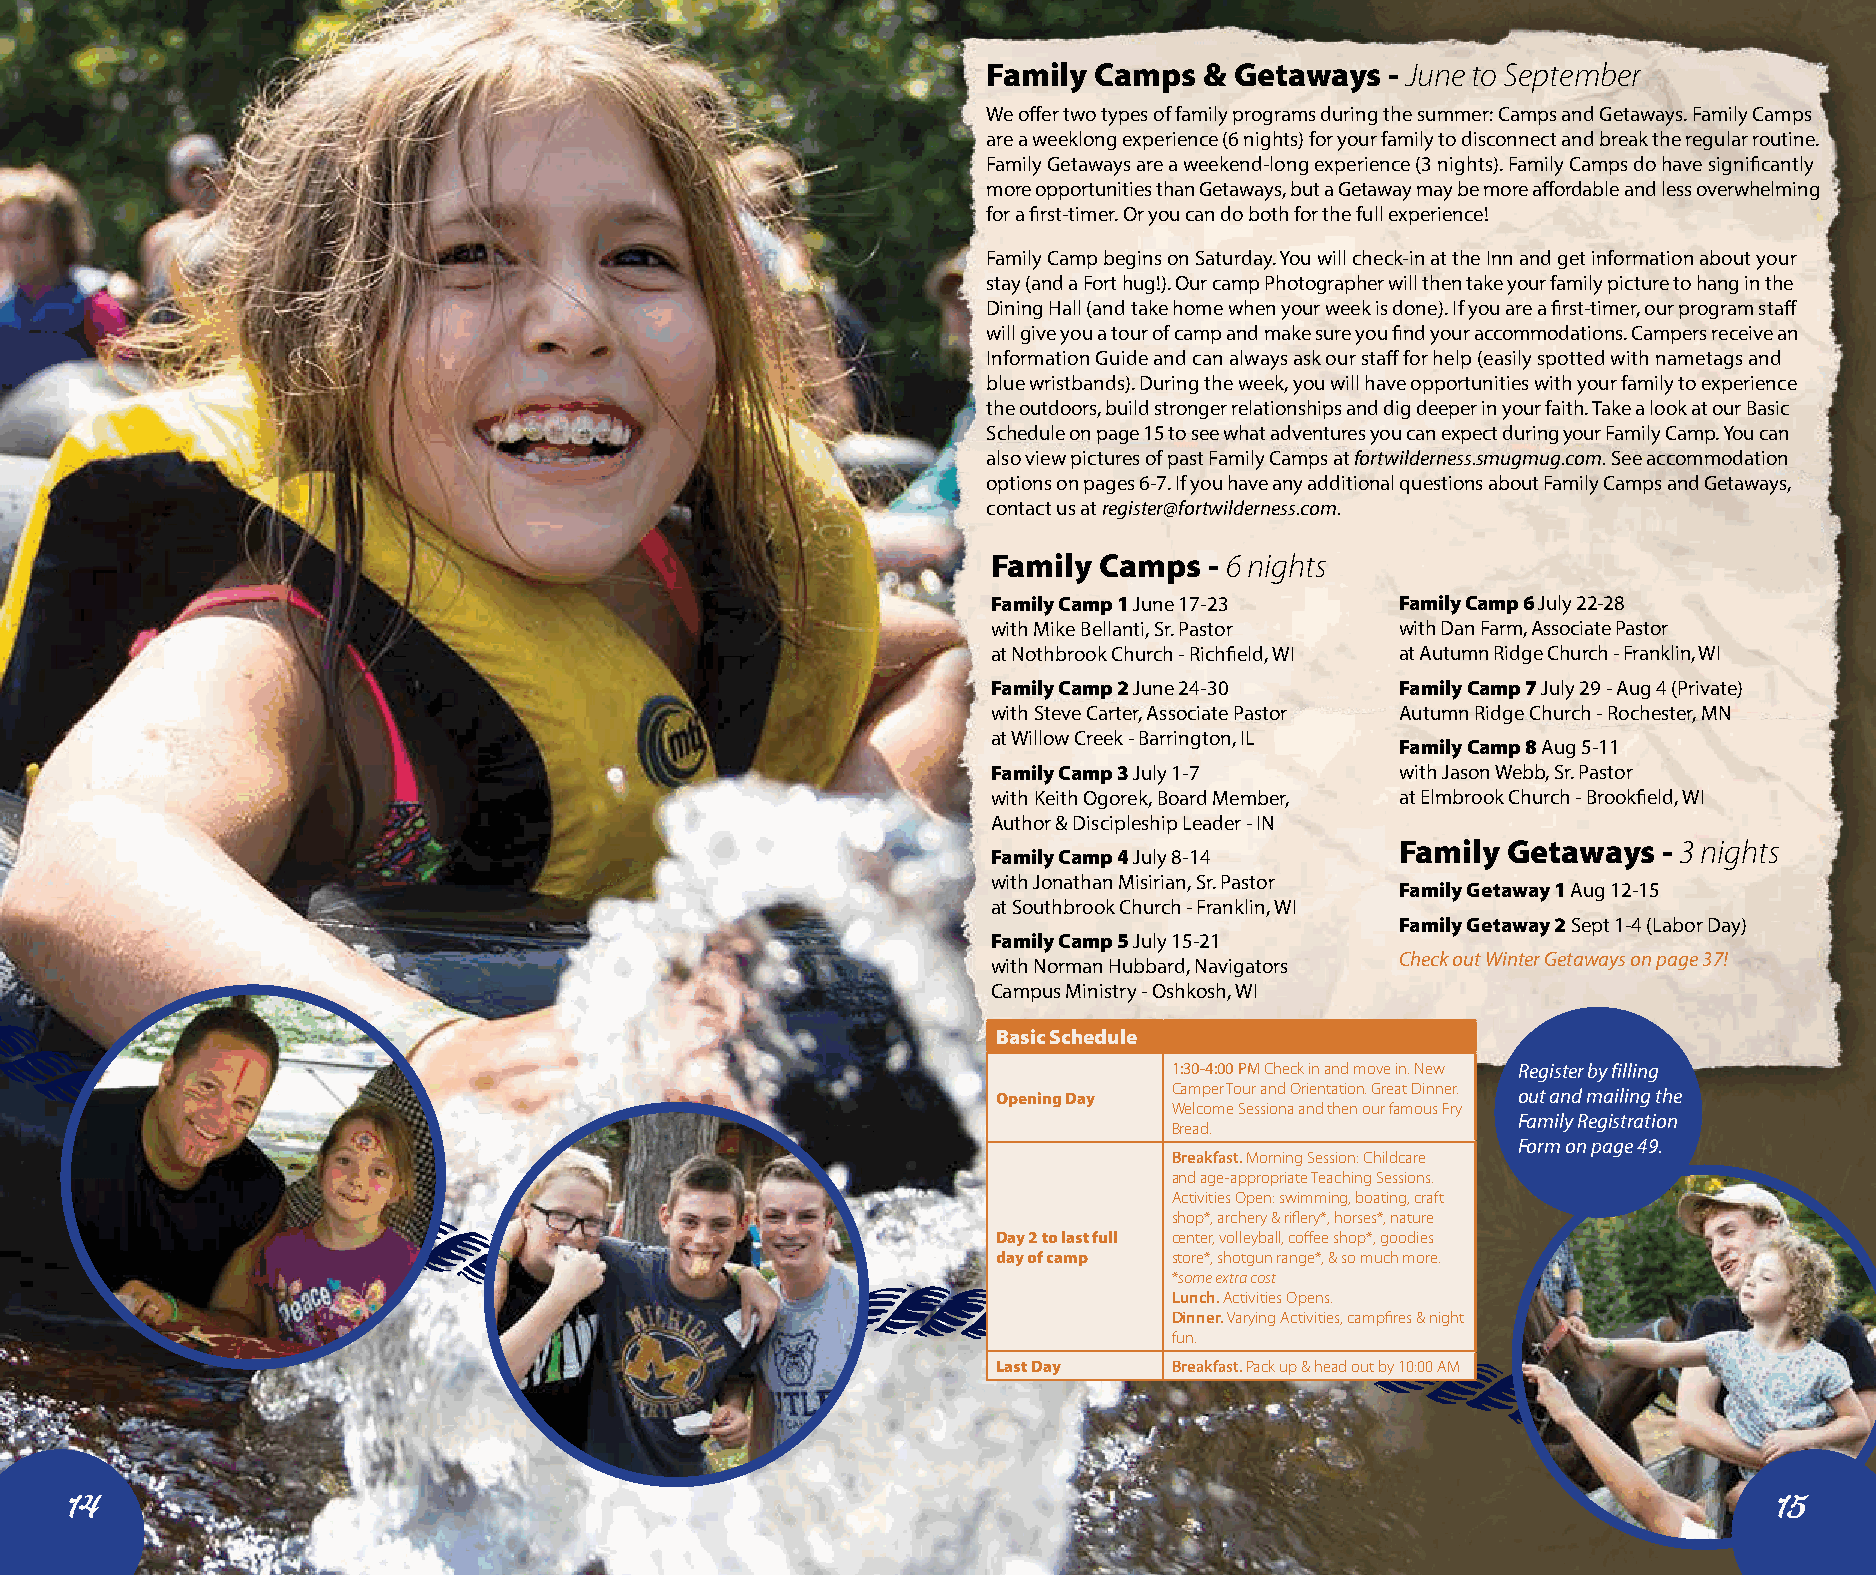
Family Camps   & Getaways  - June to September
 We offer two types of family programs during the summer: Camps and Getaways. Family Camps
 are a weeklong experience (6 nights) for your family to disconnect and break the regular routine.
 Family Getaways are a weekend-long experience (3 nights). Family Camps do have significantly
 more opportunities than Getaways, but a Getaway may be more affordable and less overwhelming
 for a first-timer. Or you can do both for the full experience!
 Family Camp begins on Saturday. You will check-in at the Inn and get information about your
 stay (and a Fort hug!). Our camp Photographer will then take your family picture to hang in the
 Dining Hall (and take home when your week is done). If you are a first-timer, our program staff
 will give you a tour of camp and make sure you find your accommodations. Campers receive an
 Information Guide and can always ask our staff for help (easily spotted with nametags and
 blue wristbands). During the week, you will have opportunities with your family to experience
 the outdoors, build stronger relationships and dig deeper in your faith. Take a look at our Basic
 Schedule on page 15 to see what adventures you can expect during your Family Camp. You can
 also view pictures of past Family Camps at fortwilderness.smugmug.com. See accommodation
 options on pages 6-7. If you have any additional questions about Family Camps and Getaways,
 contact us at register@fortwilderness.com.
 Family Camps  - 6 nights
 Family Camp 1 June 17-23   Family Camp 6 July 22-28
 with Mike Bellanti, Sr. Pastor with Dan Farm, Associate Pastor
 at Nothbrook Church - Richfield, WI at Autumn Ridge Church - Franklin, WI
 Family Camp 2 June 24-30   Family Camp 7 July 29 - Aug 4 (Private)
 with Steve Carter, Associate Pastor Autumn Ridge Church - Rochester, MN
 at Willow Creek - Barrington, IL
 Family Camp 8 Aug 5-11
 Family Camp 3 July 1-7     with Jason Webb, Sr. Pastor
 with Keith Ogorek, Board Member, at Elmbrook Church - Brookfield, WI
 Author & Discipleship Leader - IN
 Family Getaways  - 3 nights
 Family Camp 4 July 8-14
 with Jonathan Misirian, Sr. Pastor
 Family Getaway 1 Aug 12-15
 at Southbrook Church - Franklin, WI
 Family Getaway 2 Sept 1-4 (Labor Day)
 Family Camp 5 July 15-21
 Check out Winter Getaways on page 37!
 with Norman Hubbard, Navigators
 Campus Ministry - Oshkosh, WI
 Basic Schedule
 1:30-4:00 PM Check in and move in. New Register by filling
 Opening Day Camper Tour and Orientation. Great Dinner. out and mailing the
 Welcome Sessiona and then our famous Fry
 Family Registration
 Bread.
 Form on page 49.
 Breakfast. Morning Session: Childcare
 and age-appropriate Teaching Sessions.
 Activities Open: swimming, boating, craft
 shop*, archery & riflery*, horses*, nature
 Day 2 to last full center, volleyball, coffee shop*, goodies
 day of camp store*, shotgun range*, & so much more.
 *some extra cost
 Lunch. Activities Opens.
 Dinner. Varying Activities, campfires & night
 fun.
 Last Day    Breakfast. Pack up & head out by 10:00 AM
 14                                                                                                               15